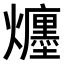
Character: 𤒲